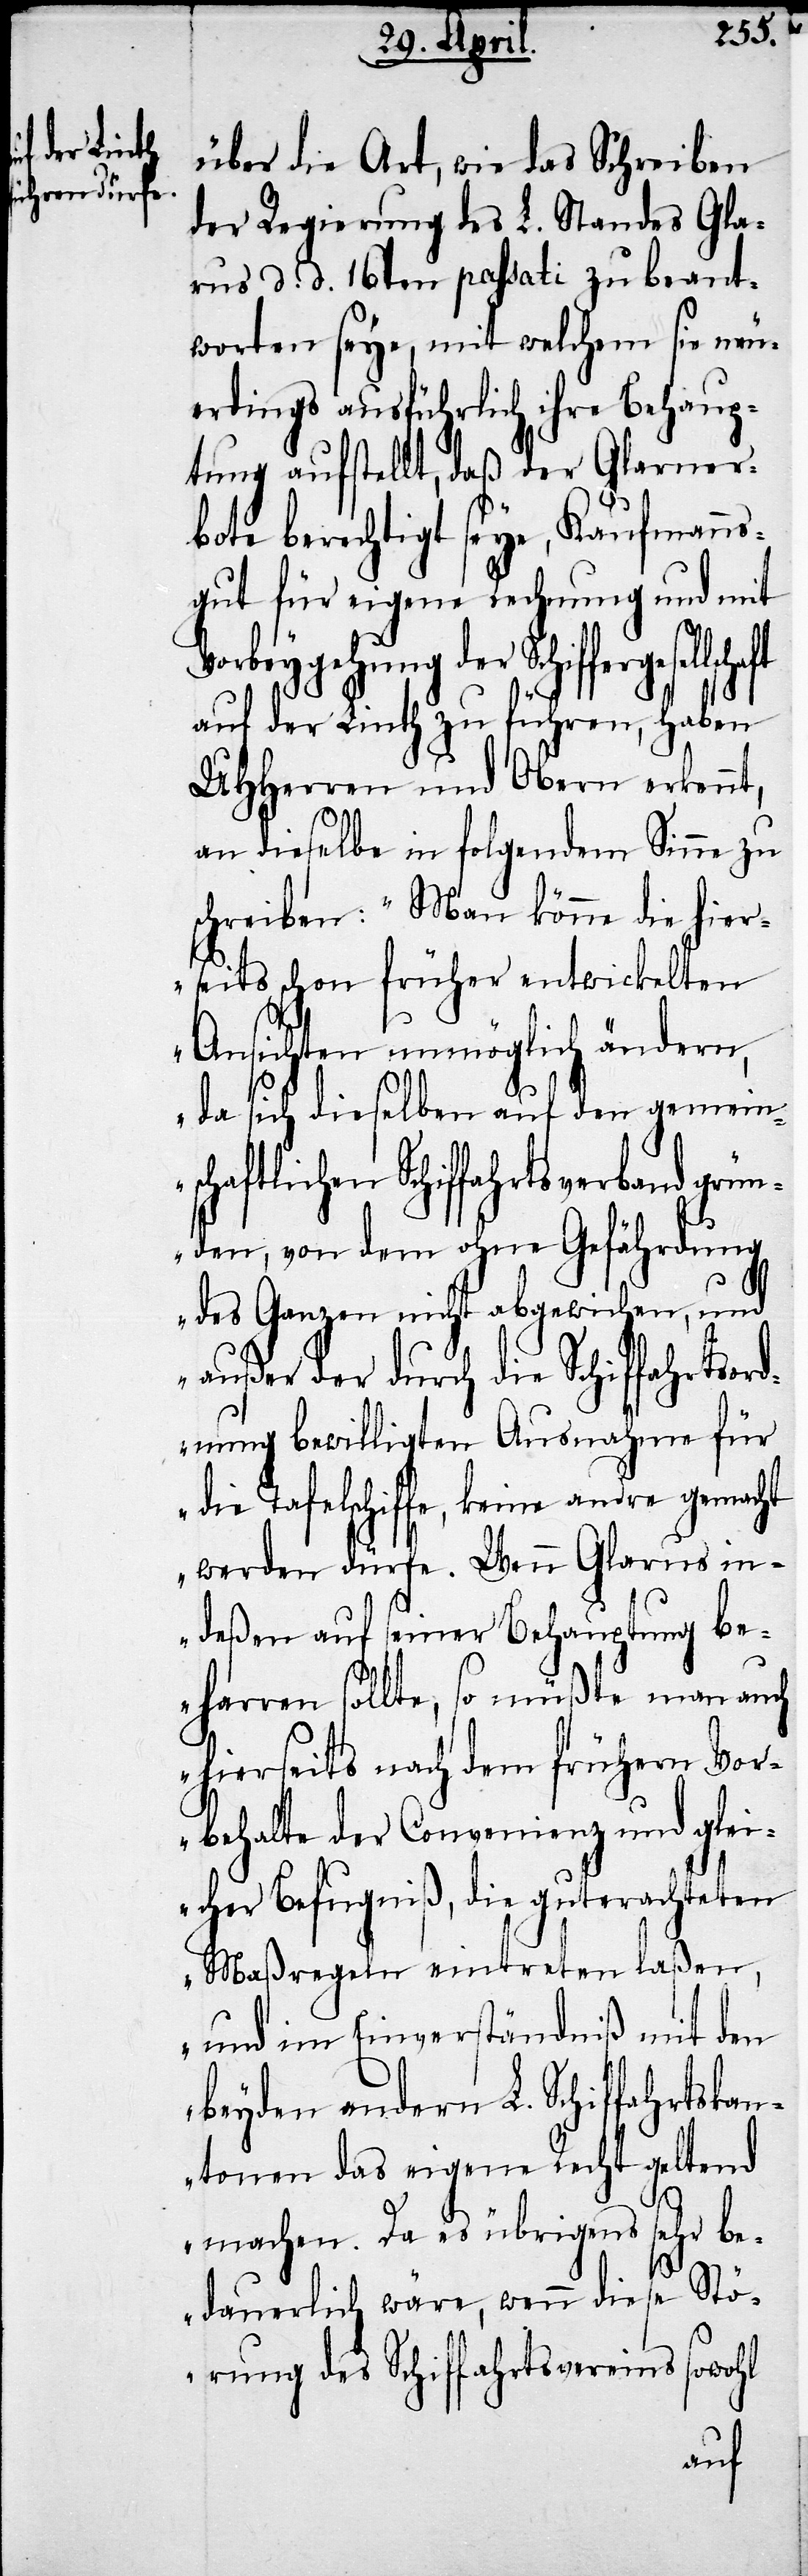
ten

t,
über die Art, wie das Schreiben
der Regierung des L. Standes Gla¬
rus d. d. 16ten passati zu beant¬
worten seye, mit welchem sie neu¬
erdings ausführlich ihre Behaup¬
tung aufstellt, daß der Glarner¬
bote berechtigt seye, Kaufmann¬
gut für eigene Rechnung und mit
Vorbeygehung der Schifferge¬
auf der Linth zu führen, haben
UHHerren und Obern erkenn¬
an dieselbe in folgendem Sinne zu
schreiben: „Man könne die hier¬
seits schon früher entwickelten
Ansichten unmöglich ändern,
da sich dieselben auf den gemein¬
schaftlichen Schiffahrtsverband gr¬
ünden, von dem ohne Gefährdung
des Ganzen nicht abgewichen, und
außer der durch die Schif¬
nung bewilligten Ausnahme
die Tafelschiffe, keine andre gem¬
werden dürfe. Wenn Glarus i¬
ndeßen auf seiner Behauptung be¬
harren sollte, so müßte man
hierseits nach dem frühern Vor¬
behalte der Convenienz und gle¬
icher Befugniß, die guterachte¬
Maßregeln eintreten laßen,
und im Einverständniß mit den
beyden andern L. Schiffahrtska¬
ntonen das eigene Recht geltend
machen. Da es übrigens sehr be¬
dauerlich wäre, wenn diese Stö¬
rung des Schiffahrtsvereins sowohl
acht